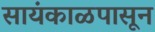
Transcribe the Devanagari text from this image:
सायंकाळपासून